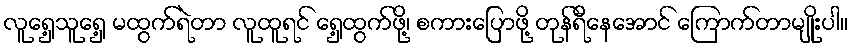
လူရှေ့သူရှေ့ မထွက်ရဲတာ လူထူရင် ရှေ့ထွက်ဖို့၊ စကားပြောဖို့ တုန်ရီနေအောင် ကြောက်တာမျိုးပါ။